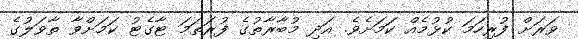
ވަރަށް ފުރިހަމަ ކުޅުމެއް ކަމަށެވެ. އަދި މުބާރާތުގެ ފުރަތަމަ ޓާގެޓު ކަމަށްވާ ތާވަލުގެ